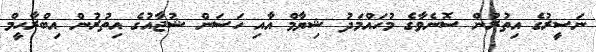
ނަސީރުގެ އިތުރުން ސޮނެވާގެ މުހައްމަދު ޝިޔާމް އާއި ހަސަން ޝުޖާއުގެ އިތުރުން އިބްރާހީމް